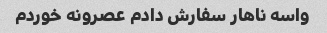
واسه ناهار سفارش دادم عصرونه خوردم